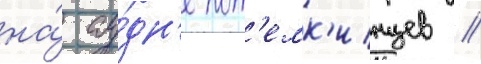
на́ су́дн'е пот'емк'инцев //